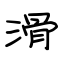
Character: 滑